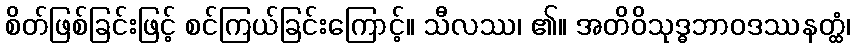
စိတ်ဖြစ်ခြင်းဖြင့် စင်ကြယ်ခြင်းကြောင့်။ သီလဿ၊ ၏။ အတိဝိသုဒ္ဓဘာဝဒဿနတ္ထံ၊